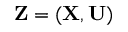
\mathbf { Z } = ( \mathbf { X } , \mathbf { U } )